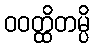
ဝဝတ္ထိတမ္ပိ